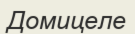
Домицеле